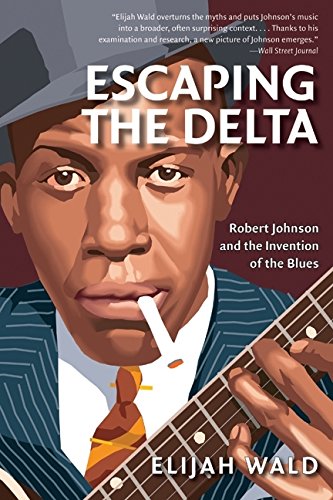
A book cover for Escaping the Delta: Robert Johnson and the Invention of the Blues; Elijah Wald; Biographies & Memoirs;